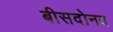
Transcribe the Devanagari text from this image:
बीसदोनव